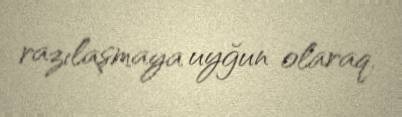
razılaşmaya uyğun olaraq.